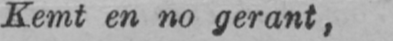
Kernt en no gerant,